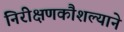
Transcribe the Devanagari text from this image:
निरीक्षणकौशल्याने